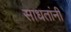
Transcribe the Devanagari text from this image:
साधतांनी